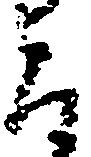
旨